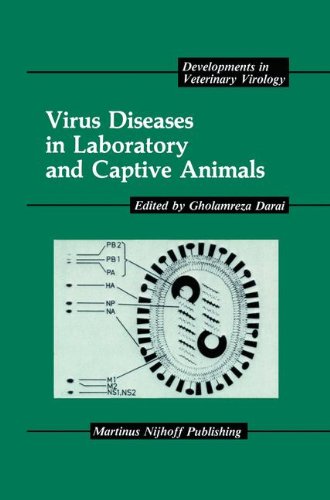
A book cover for Virus Diseases in Laboratory and Captive Animals (Developments in Veterinary Virology); Medical Books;